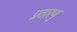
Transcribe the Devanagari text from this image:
प्रतारणु